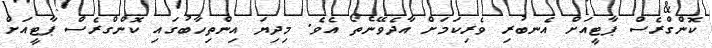
ކޮންގްރެސް ޕާޓީއަށް އެނބުރި ވެރިކަމަށް އާދެވޭނެތޯ އެވެ. މިދިޔަ އިންތިހާބުގައި ކޮންގްރެސް ޕާޓީއަށް